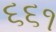
૬૬૧